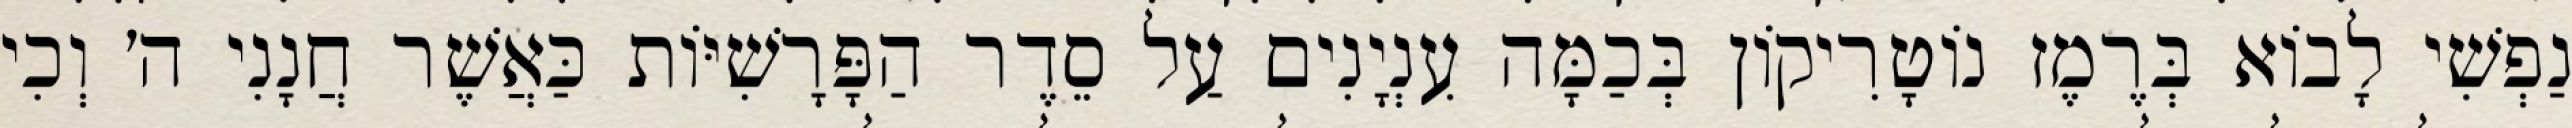
נַפְשִׁי לָבוֹא בְּרֶמֶז נוֹטָרִיקוֹן בְּכַמָּה עִנְיָנִים עַל סֵדֶר הַפָּרָשִׁיּוֹת כַּאֲשֶׁר חֲנָנִי ה׳ וְכִי